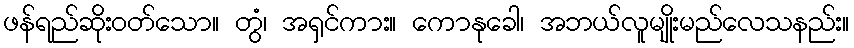
ဖန်ရည်ဆိုးဝတ်သော။ တွံ၊ အရှင်ကား။ ကောနုခေါ၊ အဘယ်လူမျိုးမည်လေသနည်း။